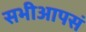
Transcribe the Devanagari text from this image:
सभीआपसं